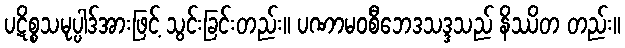
ပဋိစ္စသမုပ္ပါဒ်အားဖြင့် သွင်းခြင်းတည်း။ ပဏာမဝစီဘေဒသဒ္ဒသည် နိဿိတ တည်း။